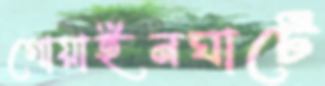
গোয়াইনঘাটে